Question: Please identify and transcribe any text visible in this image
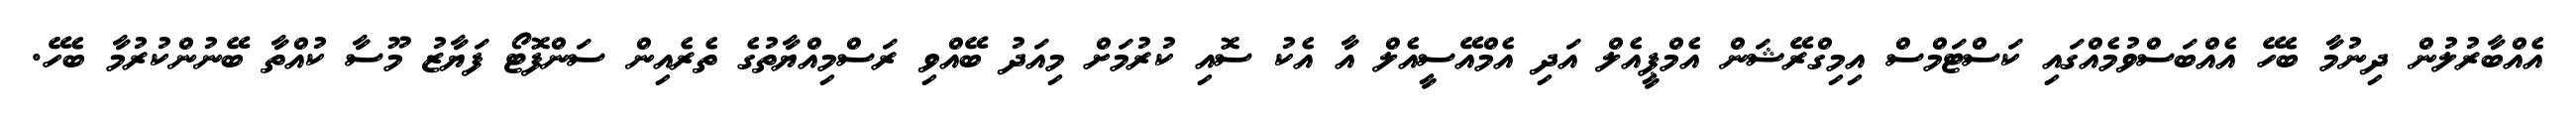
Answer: އެއްބާރުލުން ދިނުމާ ބެހޭ އެއްބަސްވުމެއްގައި ކަސްޓަމްސް އިމިގްރޭޝަން އެމްޕީއެލް އަދި އެމްއޭސީއެލް އާ އެކު ސޮއި ކުރުމަށް މިއަދު ބޭއްވި ރަސްމިއްޔާތުގެ ތެރެއިން ސަންފޮޓޯ ފަޔާޒު މޫސާ ކުއްތާ ބޭނުންކުރުމާ ބެހޭ.